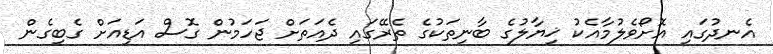
އެނދުގައި އޮށޯވެލުމާއެކު ޚިޔާލުގެ ބާނިތަކުގެ ތެރޭގައި ދެއަތަށް ޖަހަމުން ގޮސް އަޑިއަށް ގެބިގެން